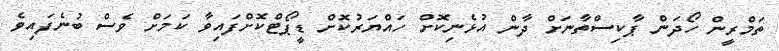
ތަމްރީން ހޯދަން ޕާކިސްތާނަށް ދާން އުޅެނިކޮށް ހައްޔަރުކޮށް ޑީޕޯޓްކޮށްފައިވާ ކަމަށް ވެސް ބުނެފައިވެ